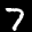
Label: 7